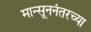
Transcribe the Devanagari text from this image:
मान्सूननंतरच्या